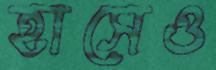
হাসেও